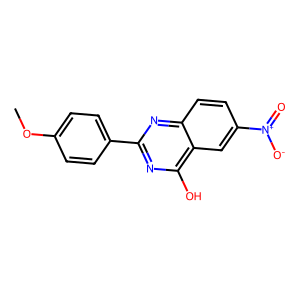
SMILES: COc1ccc(-c2nc(O)c3cc([N+](=O)[O-])ccc3n2)cc1
Inhibits HIV replication: No